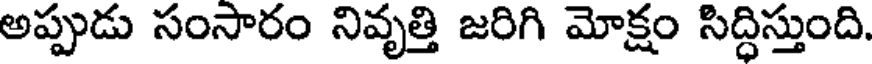
అప్పుడు సంసారం నివృత్తి జరిగి మోక్షం సిద్ధిస్తుంది.